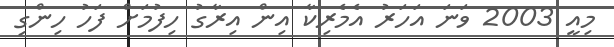
މިއީ 2003 ވަނަ އަހަރު އެމެރިކާ އިން އިރާގު ހިފުމަށް ފަހު ހިންގި